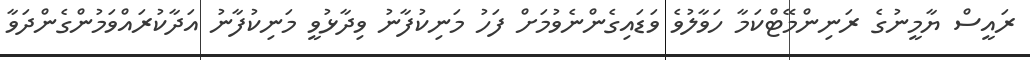
ރައީސް ޔާމީނުގެ ރަނިންމޭޓްކަމާ ހަވާލުވެ ވަޑައިގެންނެވުމަށް ފަހު މަނިކުފާނު ވިދާޅުވީ މަނިކުފާނު އަދާކުރައްވަމުންގެންދަވާ